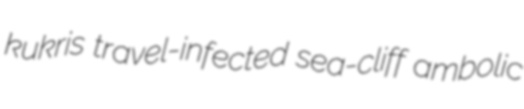
kukris travel-infected sea-cliff ambolic